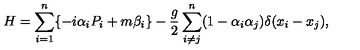
H = \sum _ { i = 1 } ^ { n } \{ - i \alpha _ { i } P _ { i } + m \beta _ { i } \} - \frac { g } { 2 } \sum _ { i \neq j } ^ { n } ( 1 - \alpha _ { i } \alpha _ { j } ) \delta ( x _ { i } - x _ { j } ) ,